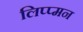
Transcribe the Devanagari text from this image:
लिप्प्मन